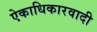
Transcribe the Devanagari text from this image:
ऐकाधिकारवादी